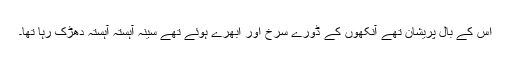
اس کے بال پریشان تھے آنکھوں کے ڈورے سرخ اور ابھرے ہوئے تھے سینہ آہستہ آہستہ دھڑک رہا تھا۔